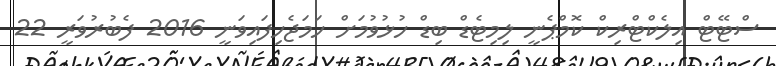
ސްޓޭޓް އިލެކްޓްރިކް ކޮމްޕެނީ ލިމިޓެޑް ބިޑް ހުޅުވުމަށް ހަމަޖެހިފައިވަނީ 2016 ފެބުރުވަރީ 22